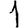
Digit: 1